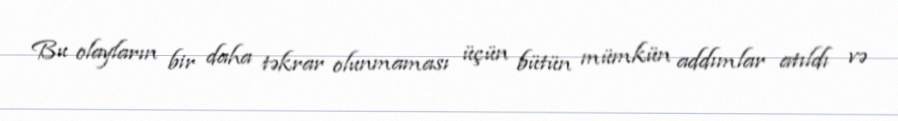
Bu olayların bir daha təkrar olunmaması üçün bütün mümkün addımlar atıldı və